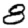
Digit: 8